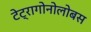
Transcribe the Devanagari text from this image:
टेट्रागोनोलोबस